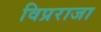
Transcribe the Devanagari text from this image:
विप्रराजा